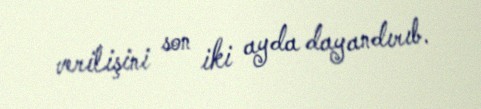
verilişini son iki ayda dayandırıb.